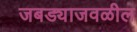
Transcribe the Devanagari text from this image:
जबड्याजवळील